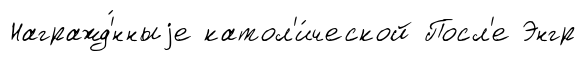
Награжд'́нныjе катол'и́ческой Посл'е Энгр